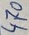
Text: 470